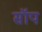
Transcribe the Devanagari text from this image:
सॉप